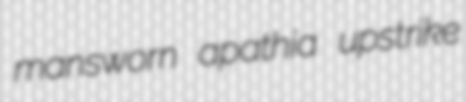
mansworn apathia upstrike